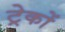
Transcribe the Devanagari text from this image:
ट्रेकों